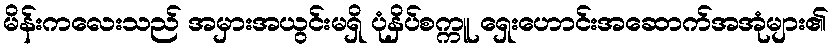
မိန်းကလေးသည် အမှားအယွင်းမရှိ ပုံနှိပ်စက္ကူ ရှေးဟောင်းအဆောက်အအုံများ၏